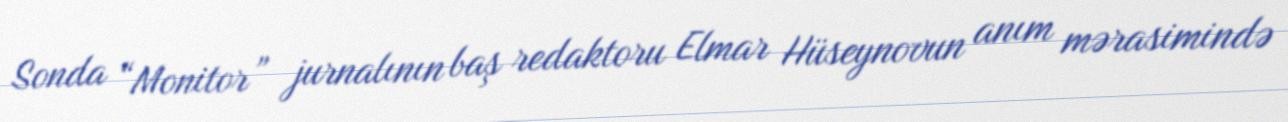
Sonda “Monitor” jurnalının baş redaktoru Elmar Hüseynovun anım mərasimində